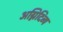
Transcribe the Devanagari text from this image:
अग्निदिव्य